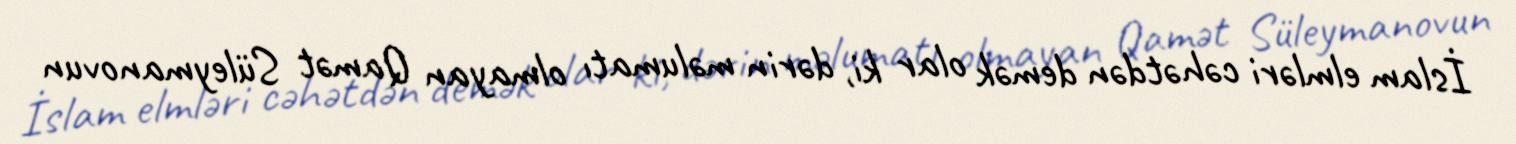
İslam elmləri cəhətdən demək olar ki, dərin məlumatı olmayan Qamət Süleymanovun